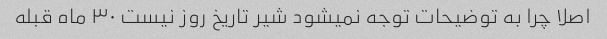
اصلا چرا به توضیحات توجه نمیشود شیر تاریخ روز نیست ۳۰ ماه قبله